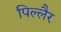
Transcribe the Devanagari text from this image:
पिल्लैर